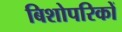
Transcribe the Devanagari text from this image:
बिशोपरिकों